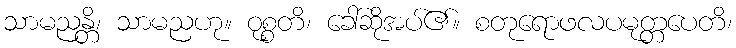
သာမညန္တိ၊ သာမညဟု။ ဝုစ္စတိ၊ ခေါ်ဆိုအပ်၏။ စတုရောဖလပမုတ္တပေတိ၊